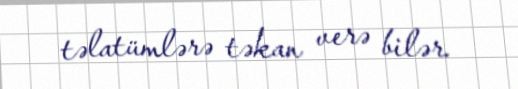
təlatümlərə təkan verə bilər.